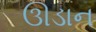
ઊડાન